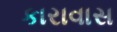
કારાવાસ